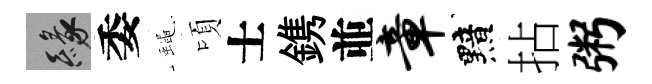
緣委蠅頃士鎸並章黯拈粥